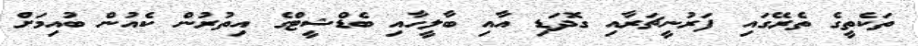
ތަކެތީގެ ތެރޭގައި ފަރުނީޗަރާއި ގޮދަޑި އާއި ބާލީހާއި ބެޑްޝީޓްގެ އިތުރުން ކެއުން ބުއިމަށް